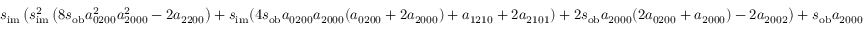
s _ { \mathrm { i m } } \left( s _ { \mathrm { i m } } ^ { 2 } \left( 8 s _ { \mathrm { o b } } a _ { 0 2 0 0 } ^ { 2 } a _ { 2 0 0 0 } ^ { 2 } - 2 a _ { 2 2 0 0 } \right) + s _ { \mathrm { i m } } ( 4 s _ { \mathrm { o b } } a _ { 0 2 0 0 } a _ { 2 0 0 0 } ( a _ { 0 2 0 0 } + 2 a _ { 2 0 0 0 } ) + a _ { 1 2 1 0 } + 2 a _ { 2 1 0 1 } ) + 2 s _ { \mathrm { o b } } a _ { 2 0 0 0 } ( 2 a _ { 0 2 0 0 } + a _ { 2 0 0 0 } ) - 2 a _ { 2 0 0 2 } \right) + s _ { \mathrm { o b } } a _ { 2 0 0 0 }